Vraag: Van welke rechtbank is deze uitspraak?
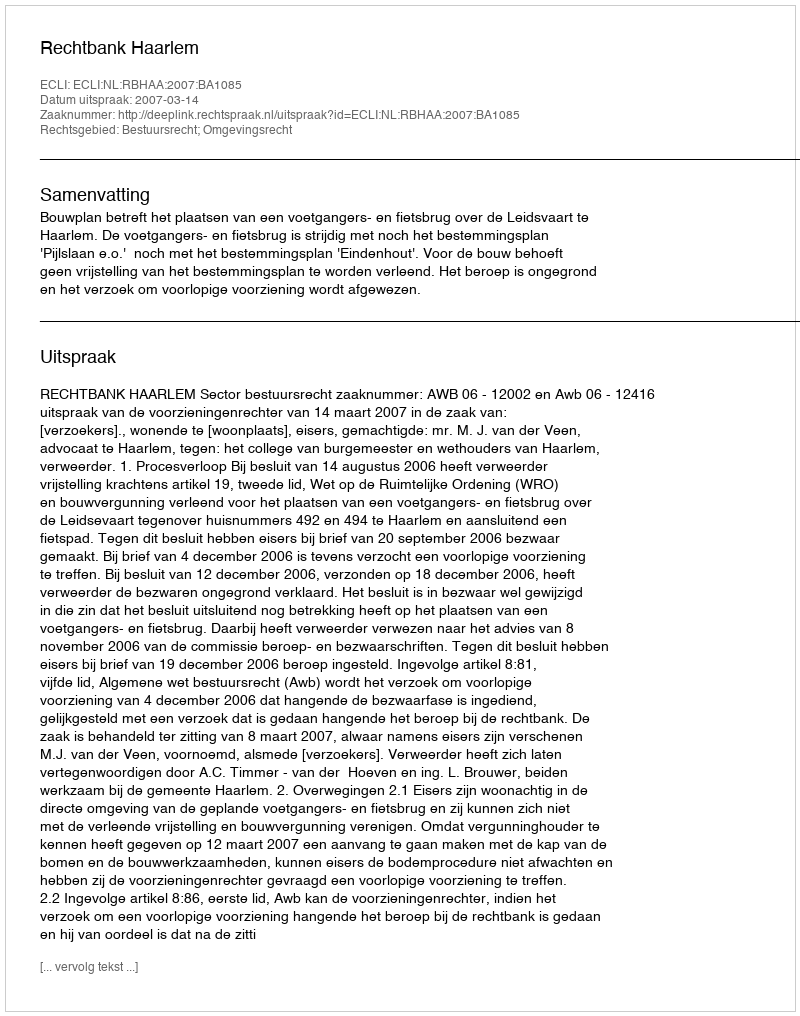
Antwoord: Rechtbank Haarlem